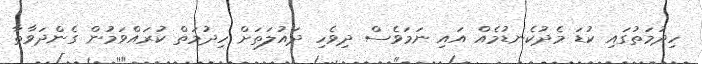
ހިދުމަތުގައި ކުޑަ މެދުކެނޑުމެއް އައި ނަަމަވެސް ދިވެހި ދައުލަތަށް ހިދުމަތް ކުރައްވަމުން ގެންދަވާތާ